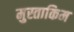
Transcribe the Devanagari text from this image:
मुस्ताकिम